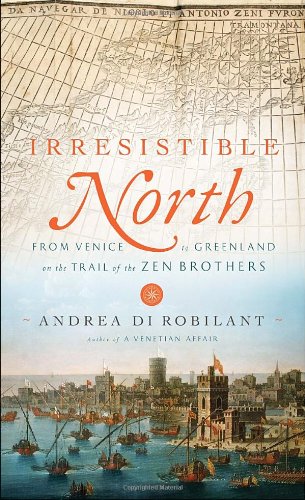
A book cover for Irresistible North: From Venice to Greenland on the Trail of the Zen Brothers; Andrea Di Robilant; History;